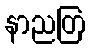
နာညတြ